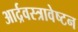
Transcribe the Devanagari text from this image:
आर्द्रवस्त्रावेष्टन